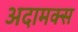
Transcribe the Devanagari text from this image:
अदामक्स